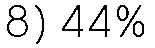
8) 44%